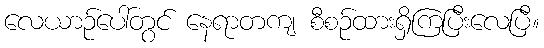
လေယာဉ်ပေါ်တွင် နေရာတကျ စီစဉ်ထားရှိကြပြီးလေပြီ။